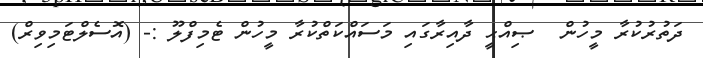
ދަތުރުކުރާ މީހުން  ޞިއްޙީ ދާއިރާގައި މަސައްކަތްކުރާ މީހުން ޓެމިފްލޫ :- (އޮސެލްޓަމިވިރް)